Indian journal of veterinary science and animal husbandry - Volumes 15-17, 1948-1951
Year: 1948
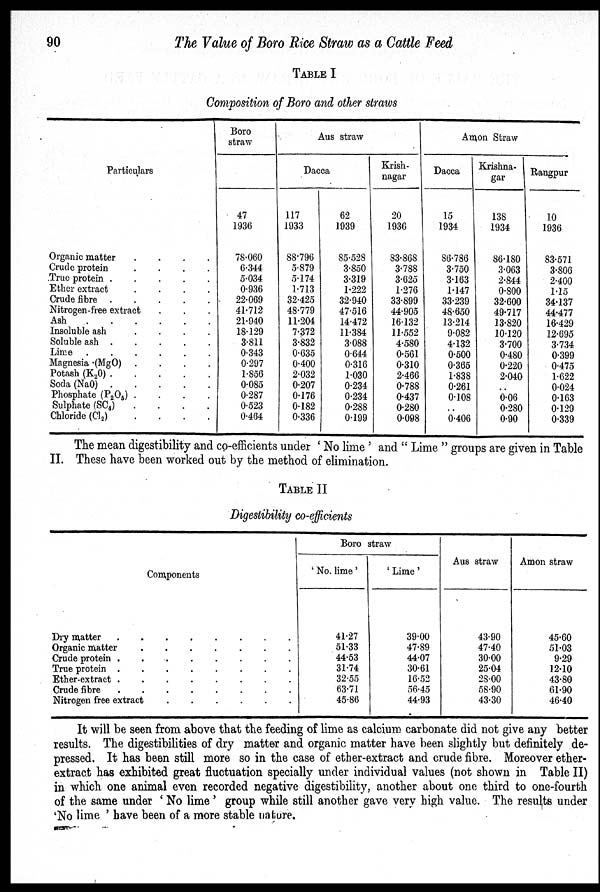
90
The Value of Boro Rice Straw as a Cattle Feed
TABLE I
Composition of Boro and other straws
Particulars
Organic matter
.
.
.
.
Crude protein
.
.
.
.
True protein
Ether extract
.
.
.
.
Crude fibre
Nitrogen-free extract . . .
Ash . . . .
Insoluble ash
.
.
.
.
Soluble ash
Lime
Magnesia .(MgO) .
.
.
.
Potash (K 2 O)
.
.
.
.
Soda (NaO)
.
.
.
.
Phosphate (P 2 O 5 ) .
. . .
Sulphate (SC 4 )
.
.
.
.
Chloride (Cl 2 )
. . . .
Boro
straw
47
1936
78.060
6.344
5.034
0.936
22.069
41.712
21.940
18.129
3.811
0.343
0.297
1.856
0.085
0.287
0.523
0.464
Aus straw
Dacca
117
1933
88.796
5.879
5.174
1.713
32.425
48.779
11.204
7.372
3.832
0.635
0.400
2.032
0.207
0.176
0.182
0.336
62
1939
85.528
3.850
3.319
1.222
32.940
47.516
14.472
11.384
3.088
0.644
0.316
1.030
0.234
0.234
0.288
0.199
Krish-
nagar
20
1936
83.868
3.788
3.625
1.276
33.899
44.905
16.132
11.552
4.580
0.561
0.310
2.466
0.788
0.437
0.280
0.098
Amon Straw
Dacca
15
1934
86.786
3.750
3.163
1.147
33.239
48.650
13.214
9.082
4.132
0.500
0.365
1.838
0.261
0.108
..
0.406
Krishna-
gar
138
1934
86.180
3.063
2.844
0.800
32.600
49.717
13.820
10.120
3.700
0.480
0.220
2.040
..
0.06
0.280
0.90
Rangpur
10
1936
83.571
3.806
2.400
1.15
34.137
44.477
16.429
12.695
3.734
0.399
0.475
1.622
0.024
0.163
0.129
0.339
The mean digestibility and co-efficients under 'No lime' and "Lime" groups are given in Table
II. These have been worked out by the method of elimination.
TABLE II
Digestibility co-efficients
Components
Dry matter
Organic matter
.
.
.
.
.
.
.
Crude protein .
.
.
.
.
.
.
.
True protein
Ether-extract
Crude fibre .
.
.
.
.
.
.
.
Nitrogen free extract
Boro straw
'No. lime'
41.27
51.33
44.53
31.74
32.55
63.71
45.86
'Lime'
39.00
47.89
44.07
30.61
16.52
56.45
44.93
Aus straw
43.90
47.40
30.00
25.04
28.00
58.90
43.30
Amon straw
45.60
51.03
9.29
12.10
43.80
61.90
46.40
It will be seen from above that the feeding of lime as calcium carbonate did not give any better
results. The digestibilities of dry matter and organic matter have been slightly but definitely de-
pressed. It has been still more so in the case of ether-extract and crude fibre. Moreover ether-
extract has exhibited great fluctuation specially under individual values (not shown in Table II)
in which one animal even recorded negative digestibility, another about one third to one-fourth
of the same under 'No lime' group while still another gave very high value. The results under
'No lime' have been of a more stable nature.